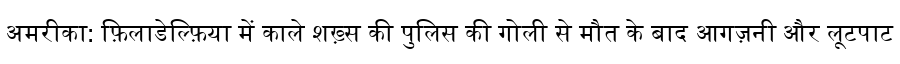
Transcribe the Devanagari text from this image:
अमरीका: फ़िलाडेल्फ़िया में काले शख़्स की पुलिस की गोली से मौत के बाद आगज़नी और लूटपाट